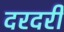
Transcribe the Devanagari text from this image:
दरदरी